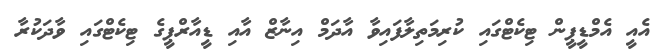
އެއީ އެމްޑީޕީން ޓިކެޓްގައި ކުރިމަތިލާފައިވާ އާދަމް އިނާޒް އާއި ޑީއާރްޕީގެ ޓިކެޓްގައި ވާދަކުރާ